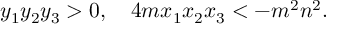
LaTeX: y _ { 1 } y _ { 2 } y _ { 3 } > 0 , \quad 4 m x _ { 1 } x _ { 2 } x _ { 3 } < - m ^ { 2 } n ^ { 2 } .